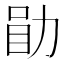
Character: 𫦲